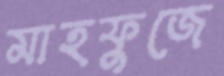
মাহফুজে